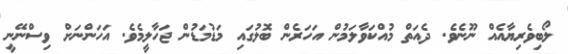
ލޯބިވެރިޔާއެއް ނޫނެވެ. ދެއަތް މުއްކަވާލަމުން އަހަރެން ބޮލުގައި މަޑުމަޑުން ޖަހާލީމެވެ. އަހަންނަށް ވިސްނޭނީ